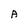
Character: A